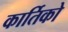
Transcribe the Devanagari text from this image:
कार्तिको